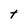
Character: t